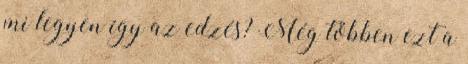
mi legyen így az edzés? Még többen ezt a